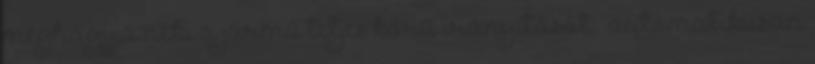
meghagyja neki a jármű teljes körű irányítását – automatikusan